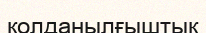
қолданылғыштық